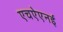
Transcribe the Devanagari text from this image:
एचऐएनई